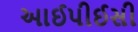
આઈપીઈસી